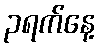
၃ရက်နေ့